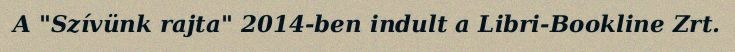
A "Szívünk rajta" 2014-ben indult a Libri-Bookline Zrt.